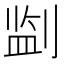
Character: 𪟎